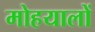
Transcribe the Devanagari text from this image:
मोहयालों